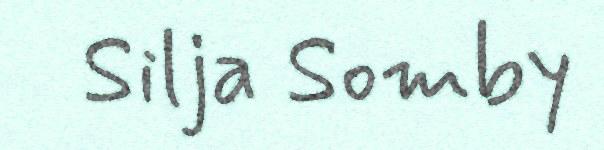
Silja Somby